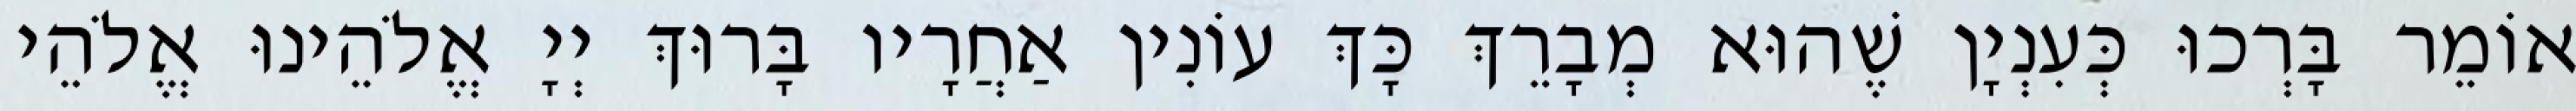
אוֹמֵר בָּרְכוּ כְּעִנְיָן שֶׁהוּא מְבָרֵךְ כָּךְ עוֹנִין אַחֲרָיו בָּרוּךְ יְיָ אֱלֹהֵינוּ אֱלֹהֵי